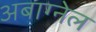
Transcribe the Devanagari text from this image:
अबाग्नेल